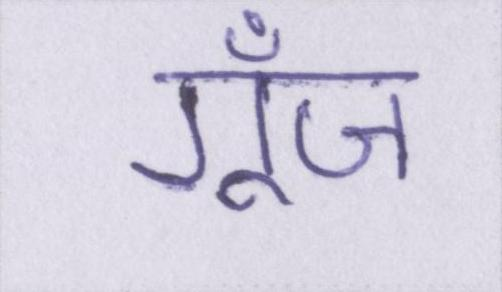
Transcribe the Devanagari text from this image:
गूँज